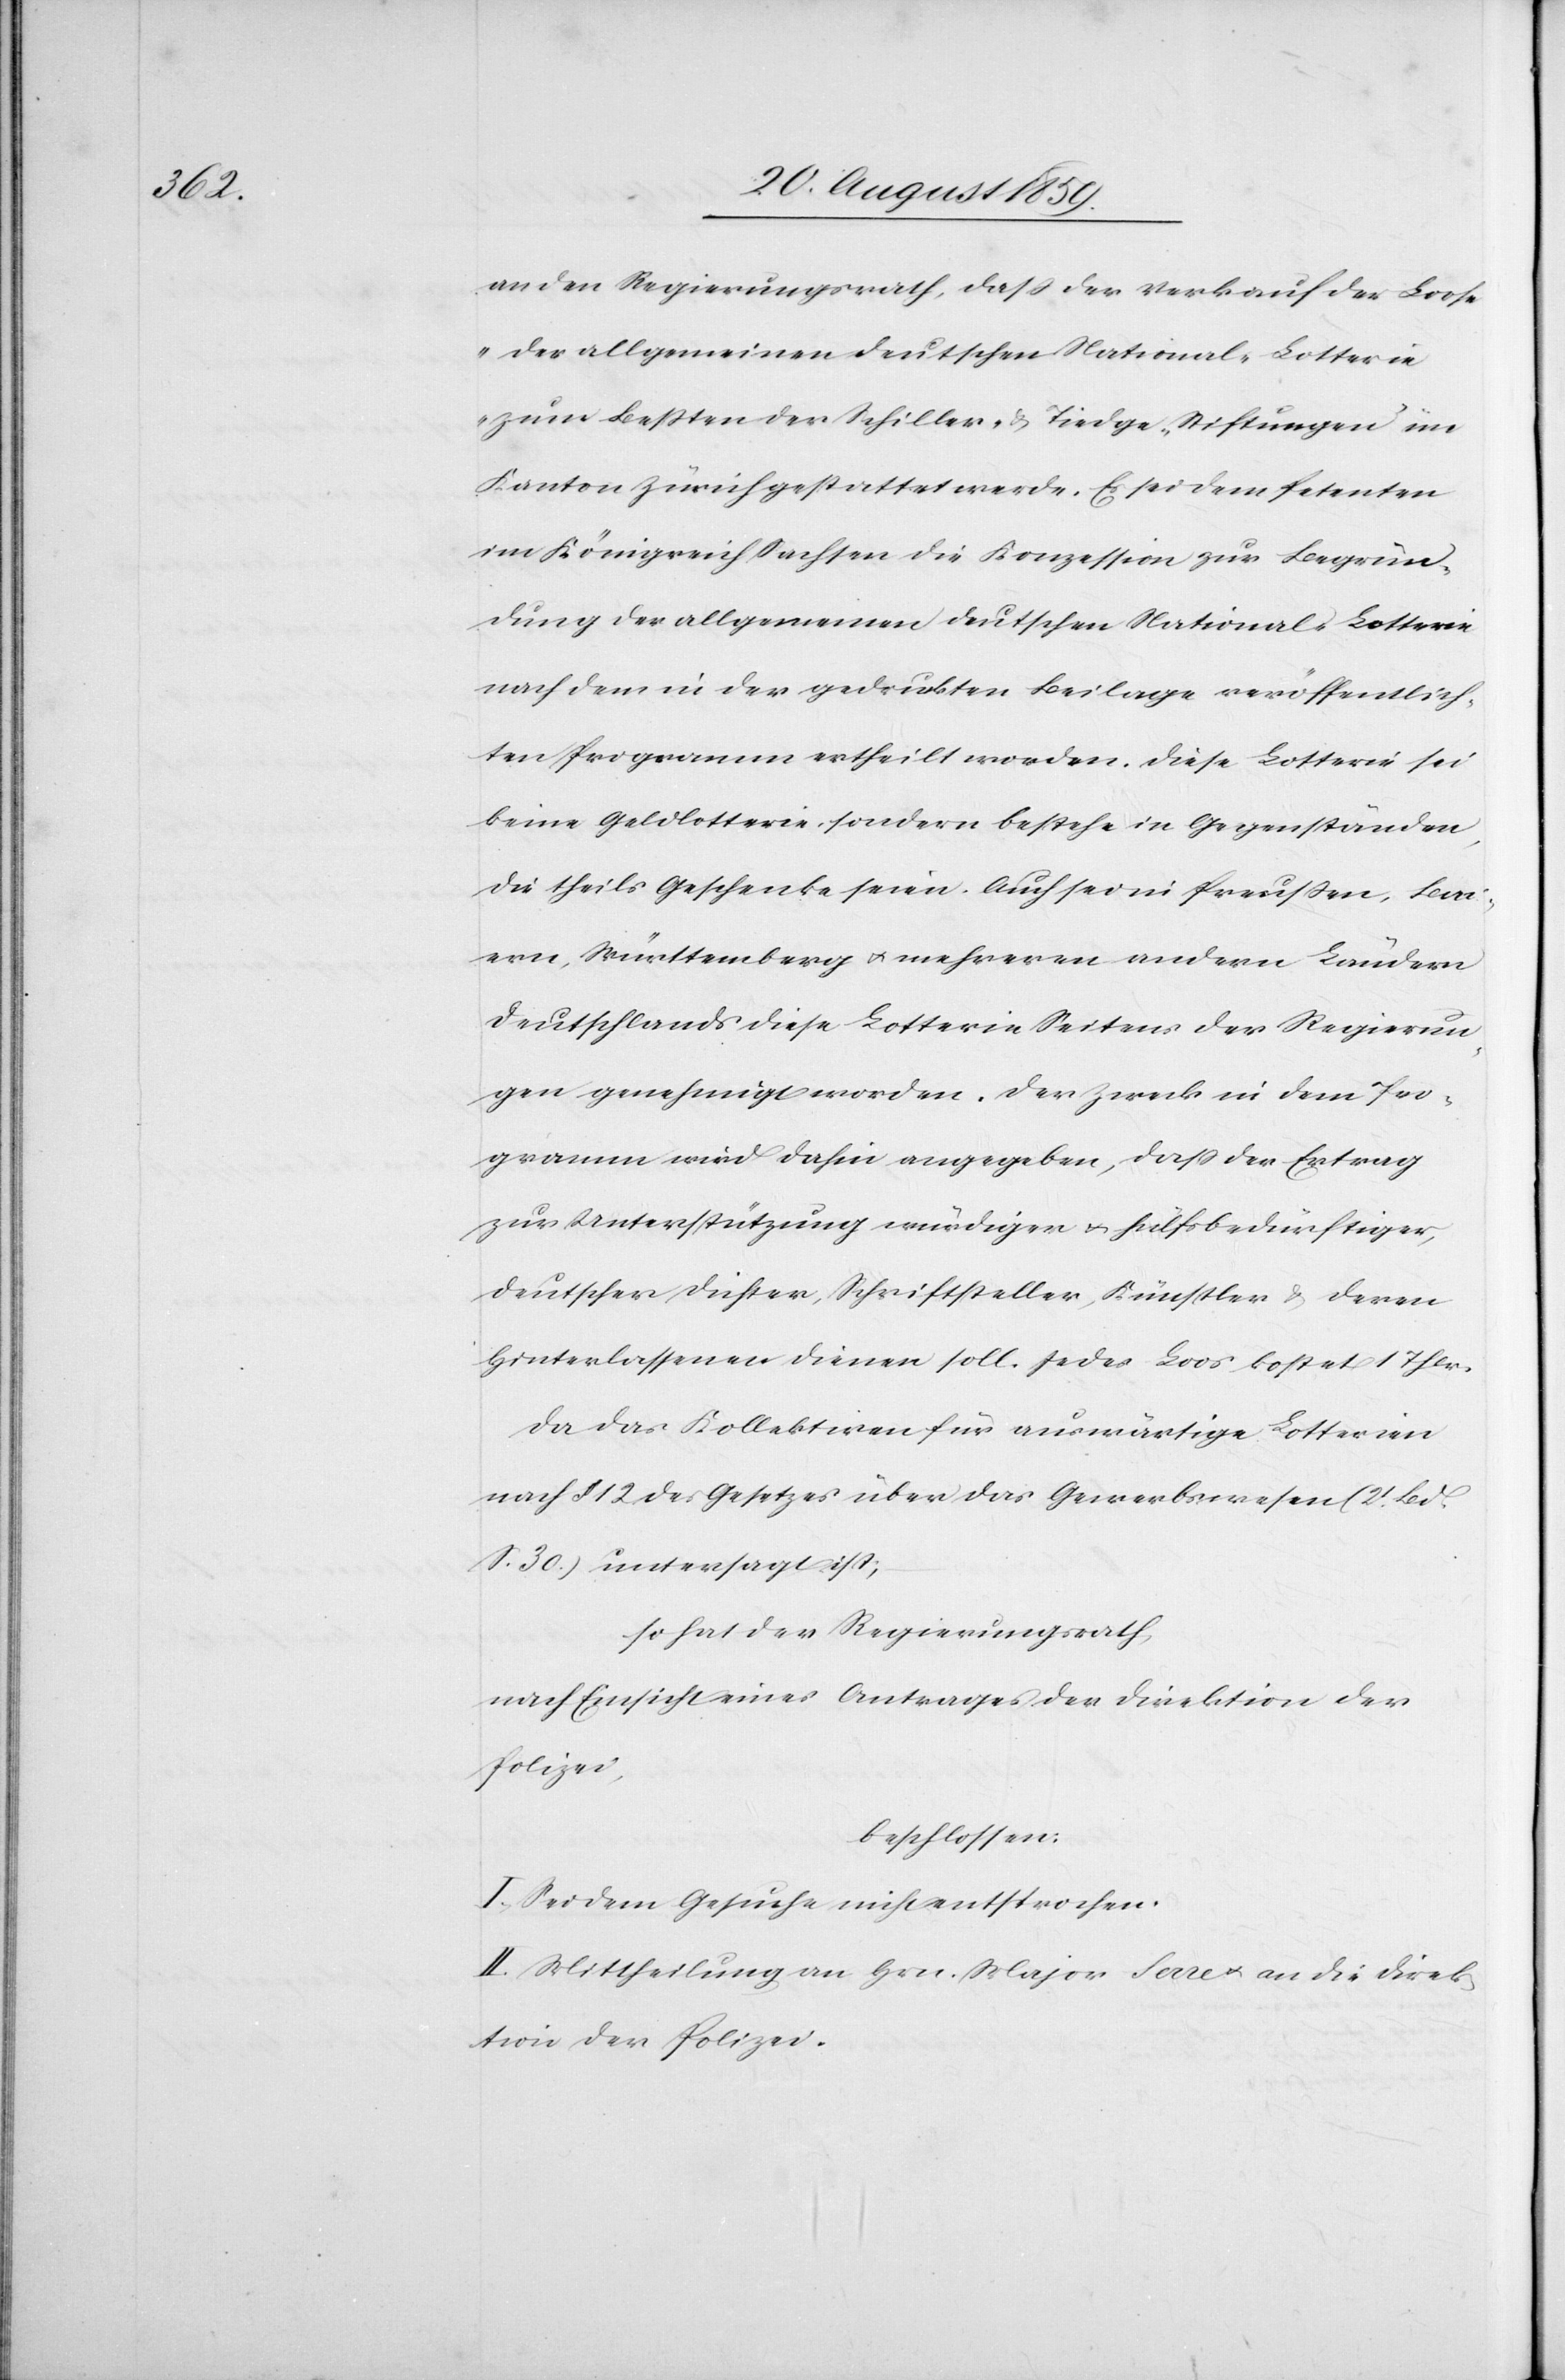
an den Regierungsrath, daß der Verkauf der Loose
„der allgemeinen deutschen National-Lotterie
zum besten der Schiller- & Tiedge-Stiftungen im
Kanton Zürich gestattet werde. Es sei dem Petenten
im Königreich Sachsen die Konzession zur Begrün¬
dung der allgemeinen deutschen National-Lotterie
nach dem in der gedruckten Beilage veröffentlich¬
ten Programm ertheilt worden. Diese Lotterie sei
keine Geldlotterie, sondern bestehe in Gegenständen,
die theils Geschenke seien. Auch sei in Preußen, Bai¬
ern, Württemberg & mehrern andern Ländern
Deutschlands diese Lotterie Seitens der Regierun¬
gen genehmigt worden. Der Zweck in dem Pro¬
gramm wird dahin angegeben, daß der Ertrag
zur Unterstützung würdiger & hülfsbedürftiger,
deutscher Dichter, Schriftsteller, Künstler & deren
Hinterlassenen dienen soll. Jedes Loos kostet 1 Thlr.
Da das Kollektiren für auswärtige Lotterien
nach § 12 des Gesetzes über das Gewerbswesen (2t. Bd.
S. 30) untersagt ist;
so hat der Regierungsrath,
nach Einsicht eines Antrages der Direktion der
Polizei,
beschlossen:
I. Sei dem Gesuche nicht entsprochen.
II. Mittheilung an Hrn. Major Serre & an die Direk¬
tion der Polizei.